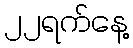
၂၂ရက်နေ့